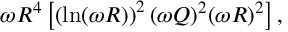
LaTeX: \omega R ^ { 4 } \left[ \left( \ln ( \omega R ) \right) ^ { 2 } ( \omega Q ) ^ { 2 } ( \omega R ) ^ { 2 } \right] ,